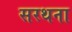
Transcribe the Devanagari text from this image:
सरथना